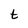
Character: t